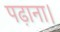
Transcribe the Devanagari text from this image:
पढ़ाना।